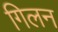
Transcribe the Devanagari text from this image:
गिलन